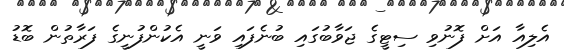
އެލިއާ އަށް ފޮނުވި ސިޓީގެ ޖަވާބުގައި ބުނެފައި ވަނީ އެކުންފުނީގެ ފަރާތުން ބޮޑު